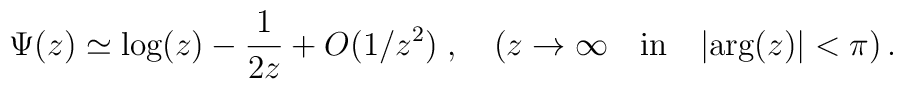
\Psi(z) \simeq \mbox{log}(z) - \frac{1}{2z} + O(1/z^2) \; ,  \quad (z \rightarrow \infty \quad     \mbox{in} \quad \vert\mbox{arg}(z) \vert  < \pi)  \,.